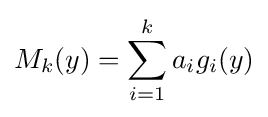
M_{k}(y)=\sum _{i=1}^{k}a_{i}g_{i}(y)